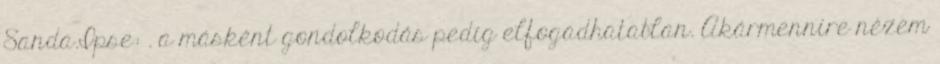
Sanda.Ipse: . a másként gondolkodás pedig elfogadhatatlan. Akármennire nézem